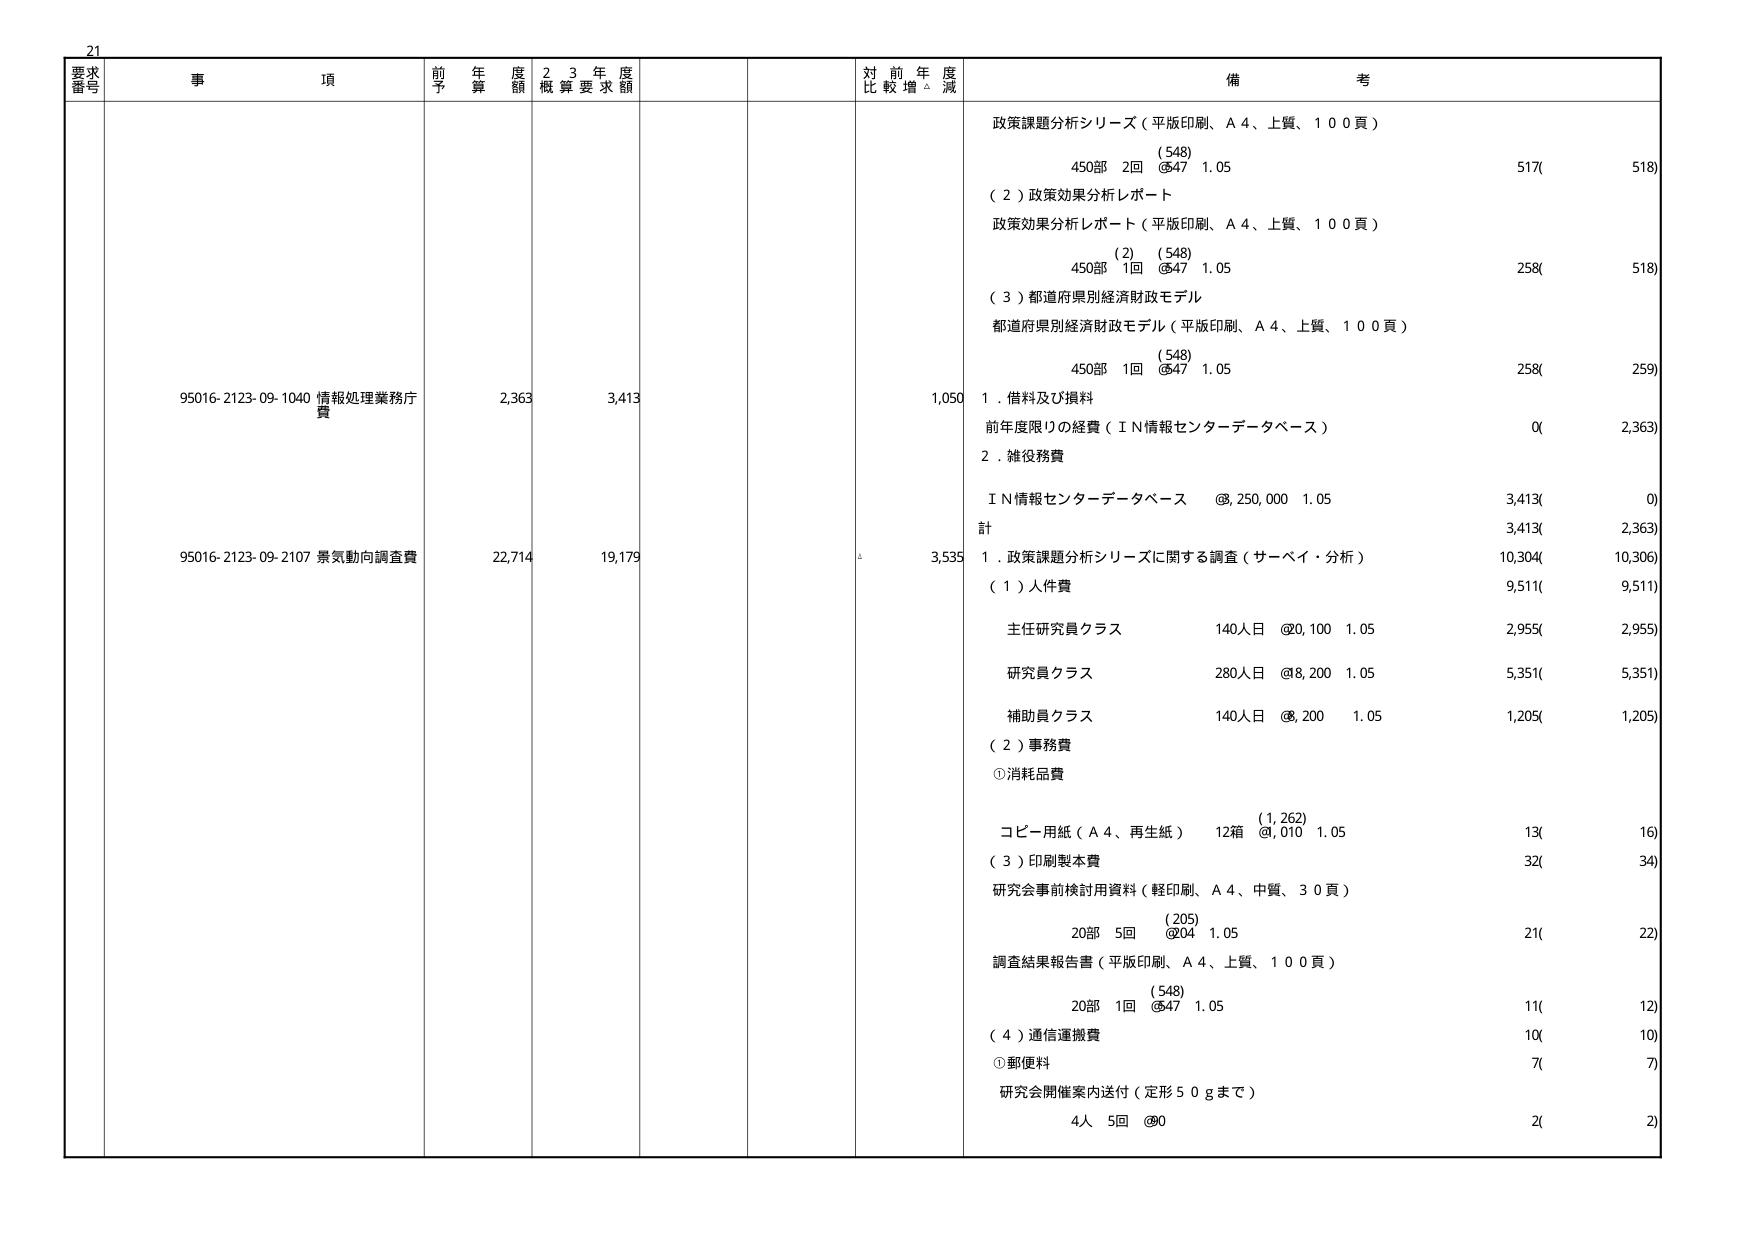
21
要求番号
事項
前年度予算額
2・3年度概算要求額
対前年度比較増減
備考
95016-2123-09-1040 情報処理業務庁費
2,363
3,413
1,050
政策課題分析シリーズ（平版印刷、A4、上質、100頁）
(548)
450部 2回 @547 1.05
517(518)
(2)政策効果分析レポート
政策効果分析レポート（平版印刷、A4、上質、100頁）
(2) (548)
450部 1回 @547 1.05
258(518)
(3)都道府県別経済財政モデル
都道府県別経済財政モデル（平版印刷、A4、上質、100頁）
(548)
450部 1回 @547 1.05
258(259)
1. 借料及び損料
前年度限りの経費（IN情報センター・データベース）
0(2,363)
2. 雑役務費
IN情報センター・データベース @250,000 1.05
3,413(0)
計
3,413(2,363)
95016-2123-09-2107 景気動向調査費
22,714
19,179
3,535
1. 政策課題分析シリーズに関する調査（サーベイ・分析）
10,304(10,306)
(1)人件費
9,511(9,511)
主任研究員クラス
140人日 @20,100 1.05
2,955(2,955)
研究員クラス
280人日 @8,200 1.05
5,351(5,351)
補助員クラス
140人日 @6,200 1.05
1,205(1,205)
(2)事務費
①消耗品費
コピー用紙（A4、再生紙） 12箱 (1,262) @1,010 1.05
13(16)
(3)印刷製本費
32(34)
研究会事前検討用資料（軽印刷、A4、中質、30頁）
(205)
20部 5回 @204 1.05
21(22)
調査結果報告書（平版印刷、A4、上質、100頁）
(548)
20部 1回 @547 1.05
11(12)
(4)通信運搬費
10(10)
①郵便料
7(7)
研究会開催案内送付（定形50gまで）
4人 5回 @90
2(2)